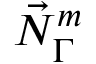
\vec { N } _ { \Gamma } ^ { m }